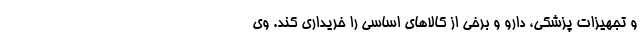
و تجهیزات پزشکی، دارو و برخی از کالا‌های اساسی را خریداری کند. وی